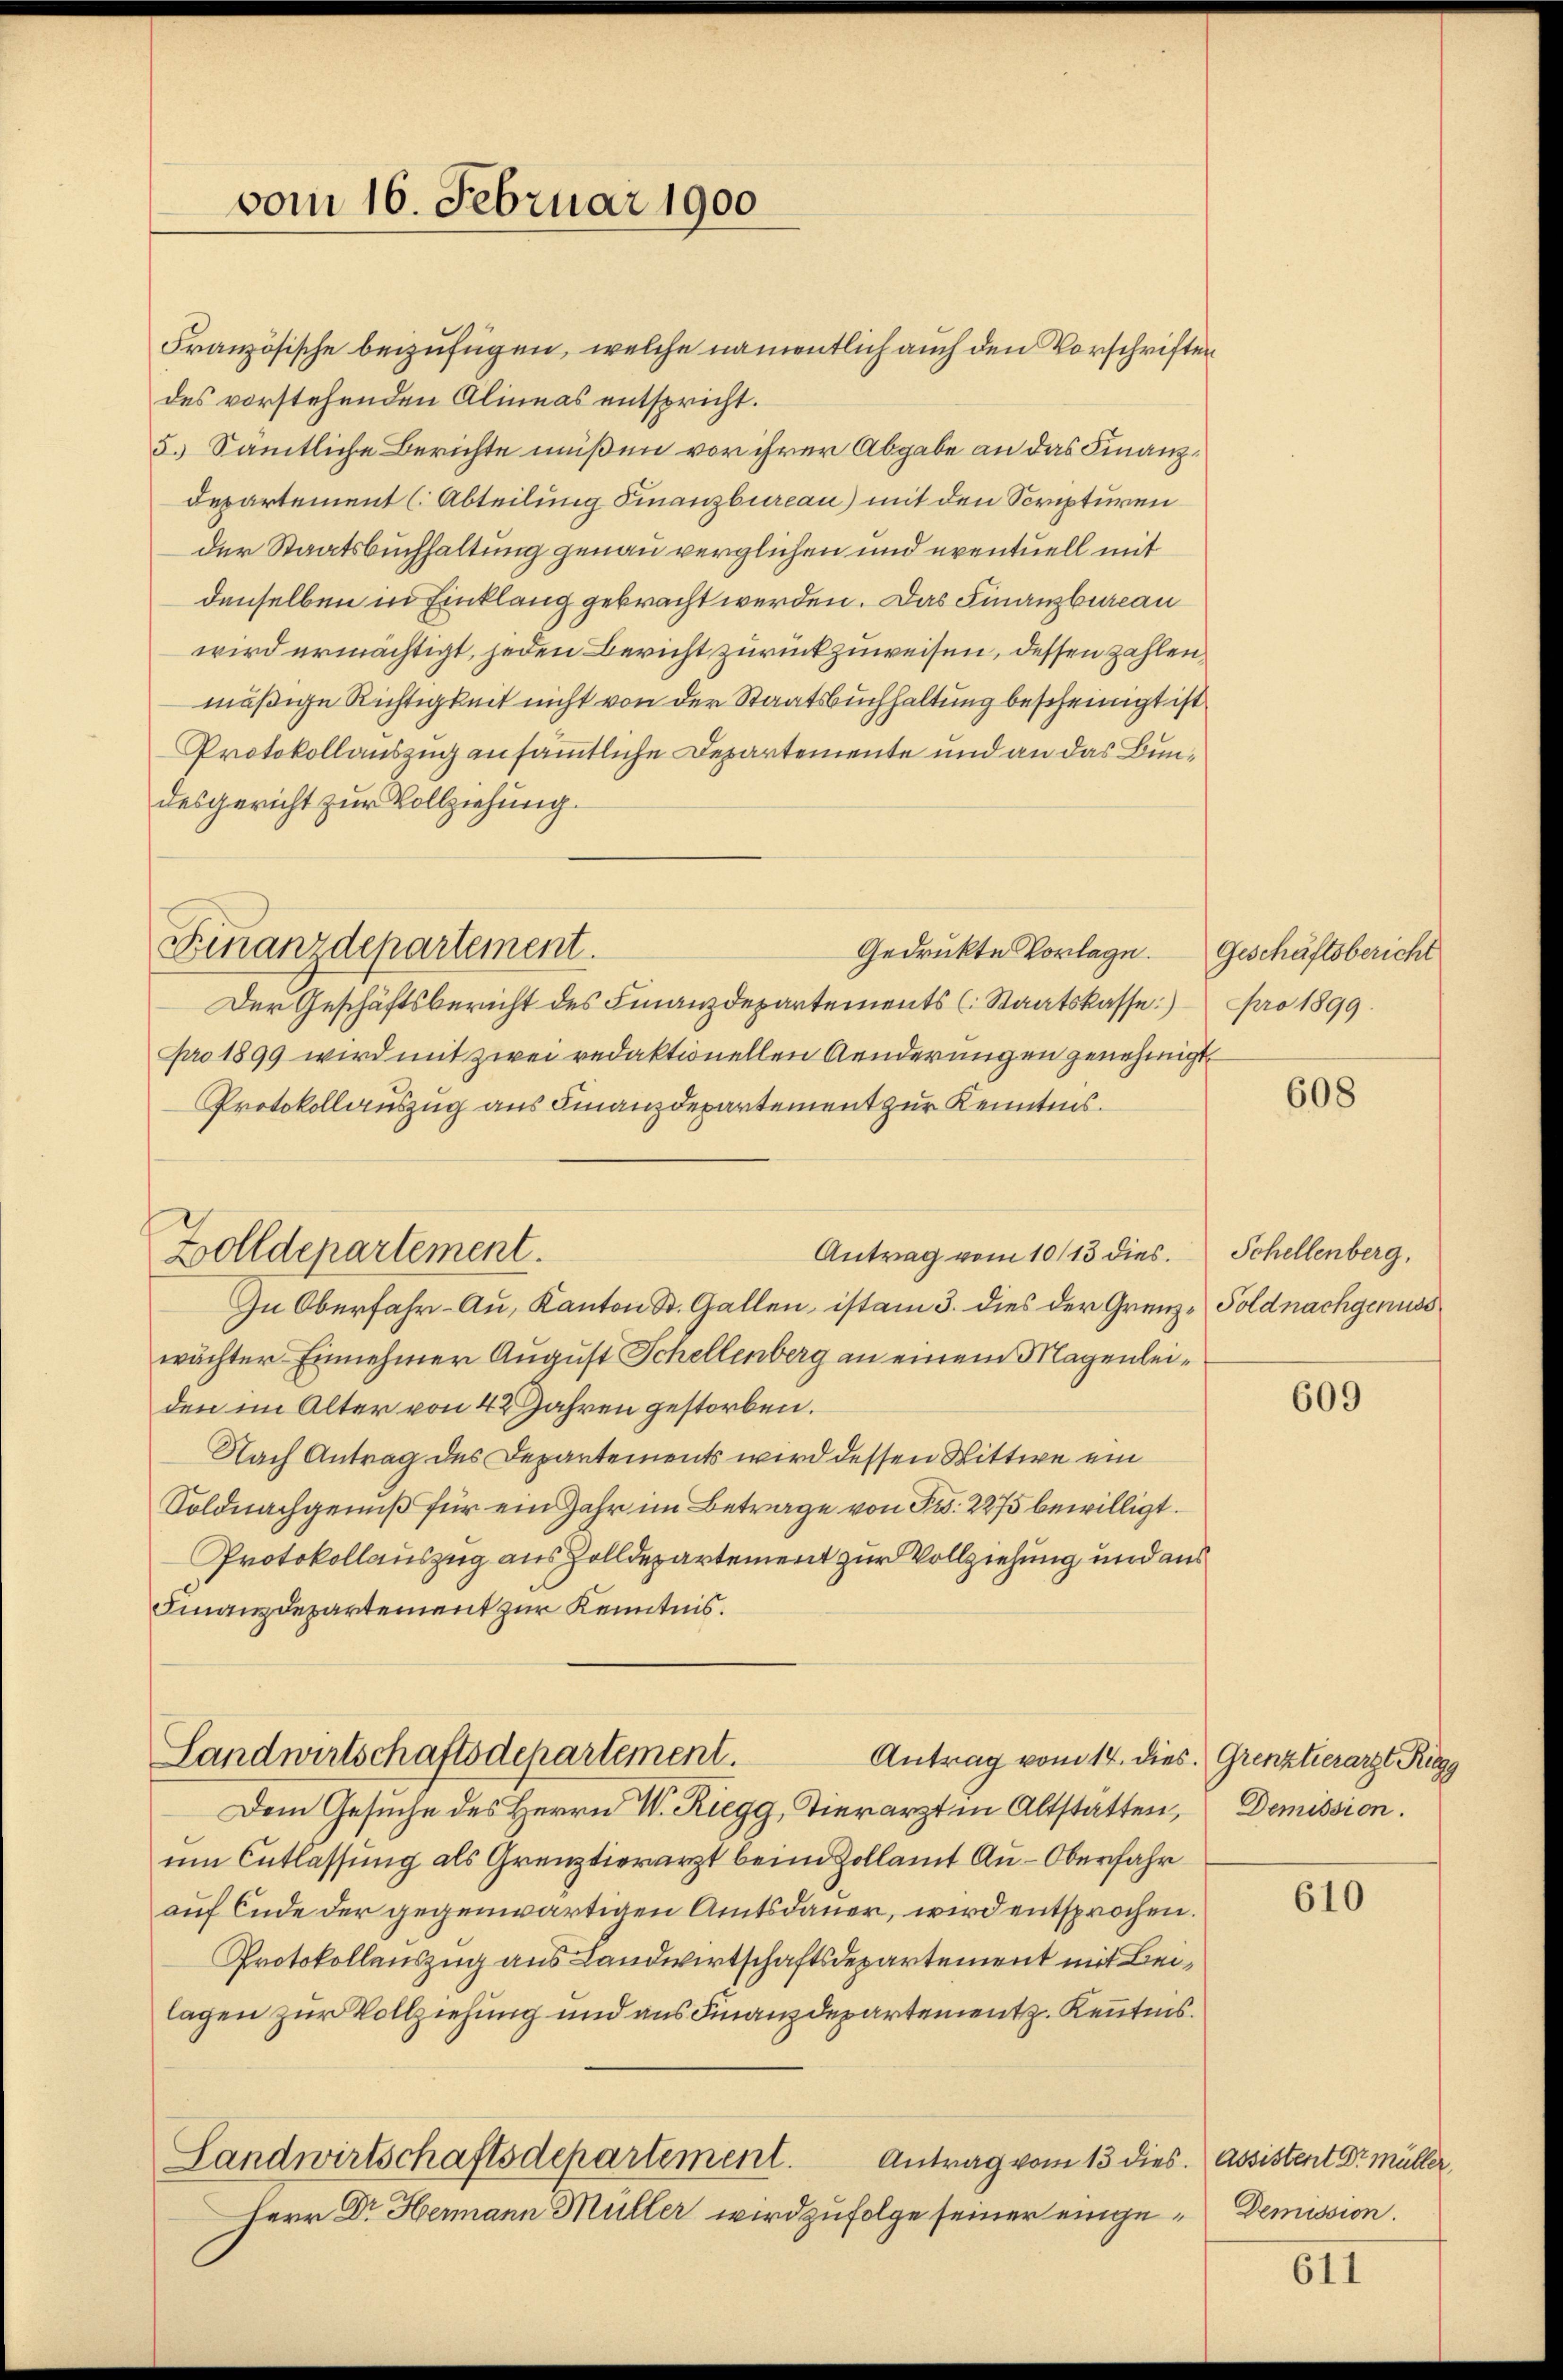
vom 16. Februar 1900

Finanzdepartement.

Französische beizufügen, welche namentlich auch den Vorschriften
des vorstehenden Alineas entspricht.
5.) Sämtliche Berichte müßen vor ihrer Abgabe an das Finanz¬
Departement (Abteilung Finanzbureau) mit den Scripturen
der Staatsbuchhaltung genau verglichen und eventuell mit
denselben in Einklang gebracht werden. Das Finanzbureau
wird ermächtigt, jeden Bericht zurückzuweisen, dessen zahlen,
mäßige Richtigkeit nicht von der Staatsbuchhaltung bescheinigt ist
Protokollauszug an sämmtliche Departemente und an das Bundesgericht zur Vollziehung.
Gedrückte Vorlage.
Der Geschäftsbericht des Finanzdepartements (Staatskasse pro 1899.
pro 1899 wird mit zwei redaktionellen Aenderungen genehmigt
Protokollauszug aus Finanzdepartement zur Kenntnis.
Zolldepartement.
Antrag vom 10/13 dies
In Oberfahr- Au, Kanton St. Gallen, ist am 3. dies der Grenz-Soldnachgenuss
wächter Einnehmer August Schellenberg an einem Magenleiden im Alter von 42 Jahren gestorben.
Nach Antrag des Departements wird dessen Wittwe ein
Soldnachgenuß für ein Jahr im Betrage von Fr. 2275 bewilligt.
Protokollauszug aus Zolldepartement zur Vollziehung und aus
Finanzdepartement zur Kenntnis.

Landwirtschaftsdepartement.

Antrag vom 14. dies. Grenztierarzt Rigg
Dem Gesuche des Herrn Riegg, Tierarzt in Altstätten, Demission.
um Entlassung als Grenztierarzt beim Zollamt Au-Oberfahr
auf Ende der gegenwärtigen Amtsdauer, wird entsprochen.
Protokollauszug aus Landwirtschaftsdepartement mit Beilagen zur Vollziehung und aus Finanzdepartement z. Kenntnis.
Landwirtschaftsdepartement.
Antrag vom 13 dies. Assistent Dr. Müller,
Herr Dr Hermann Müller wird zufolge seiner einge-Demission.

Geschäftsbericht

608

Schellenberg,

609

610

611